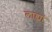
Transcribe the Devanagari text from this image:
लाह्यां